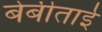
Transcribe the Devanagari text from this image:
बेबीताई